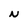
Character: N